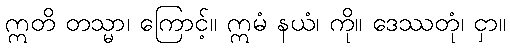
ဣတိ တသ္မာ၊ ကြောင့်။ ဣမံ နယံ၊ ကို။ ဒေဿတုံ၊ ငှာ။